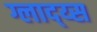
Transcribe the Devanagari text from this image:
ग्लाद्य्स